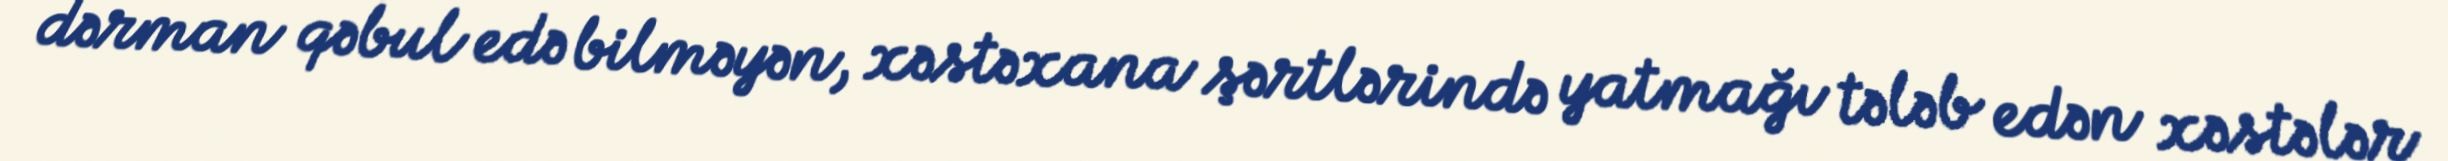
dərman qəbul edə bilməyən, xəstəxana şərtlərində yatmağı tələb edən xəstələr